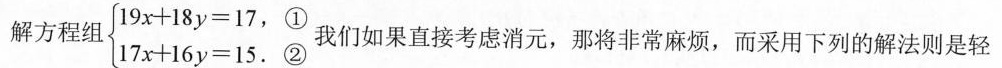
解方程组 $$1 9 x + 1 8 y = 1 7$$①$$1 7 x + 1 6 y = 1 5.$$②我们如果直接考虑消元，那将非常麻烦，而采用下列的解法则是轻